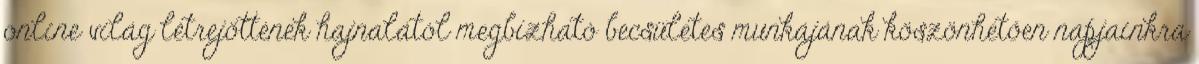
online világ létrejöttének hajnalától megbízható becsületes munkájának köszönhetően napjainkra